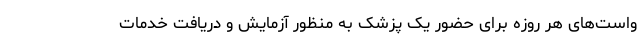
واست‌های هر روزه برای حضور یک پزشک به منظور آزمایش و دریافت خدمات